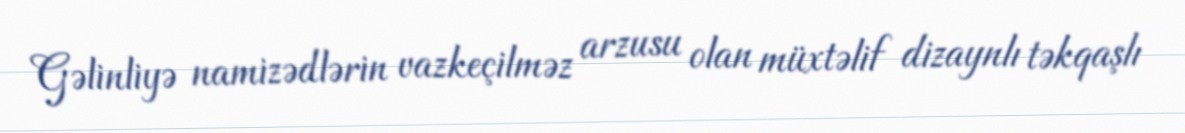
Gəlinliyə namizədlərin vazkeçilməz arzusu olan müxtəlif dizaynlı təkqaşlı